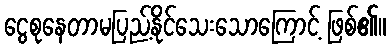
ငွေစုနေတာမပြည့်နိုင်သေးသောကြောင့် ဖြစ်၏။